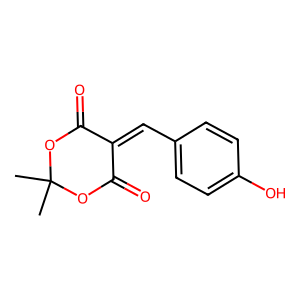
SMILES: CC1(C)OC(=O)C(=Cc2ccc(O)cc2)C(=O)O1
Inhibits HIV replication: No